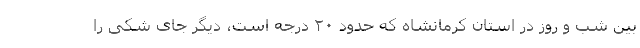
بین شب و روز در استان کرمانشاه که حدود ۲۰ درجه است، دیگر جای شکی را